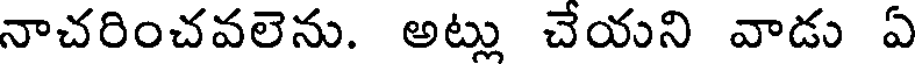
నాచరించవలెను. అట్లు చేయని వాడు ఏ